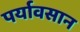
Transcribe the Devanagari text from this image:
पर्यावसान